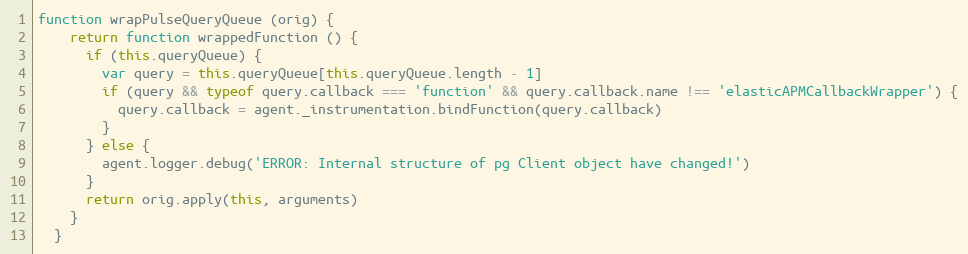
Language: JavaScript
function wrapPulseQueryQueue (orig) {
    return function wrappedFunction () {
      if (this.queryQueue) {
        var query = this.queryQueue[this.queryQueue.length - 1]
        if (query && typeof query.callback === 'function' && query.callback.name !== 'elasticAPMCallbackWrapper') {
          query.callback = agent._instrumentation.bindFunction(query.callback)
        }
      } else {
        agent.logger.debug('ERROR: Internal structure of pg Client object have changed!')
      }
      return orig.apply(this, arguments)
    }
  }